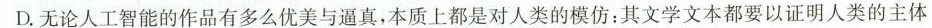
D.无论人工智能的作品有多么优美与逼真，本质上都是对人类的模仿：其文学文本都要以证明人类的主体